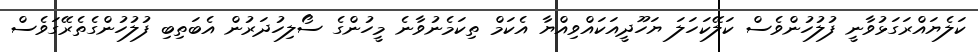
ކަލެޔައްރަގަޅުވާނީ ފުލުހުންވެސް ކަލޭކަހަލަ ޔަހޫދީއަކައްވިއްޔާ އެކަމް ތިކަމެނުވާނެ މީހުންގެ ސޯލިހުދަރުން އެބަތިބި ފުލުހުންގެތެރޭގަވެސް